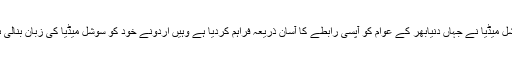
سوشل میڈیا نے جہاں دنیابھر کے عوام کو آپسی رابطے کا آسان ذریعہ فراہم کردیا ہے وہیں اردونے خود کو سوشل میڈیا کی زبان بنالی ہے۔